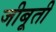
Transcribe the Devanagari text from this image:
जीबूती